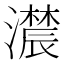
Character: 𤂑